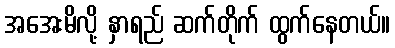
အအေးမိလို့ နှာရည် ဆက်တိုက် ထွက်နေတယ်။